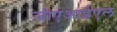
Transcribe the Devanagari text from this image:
जीएआईएल